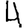
Digit: 4